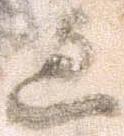
辺